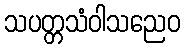
သပတ္တသံဝါသညေဝ